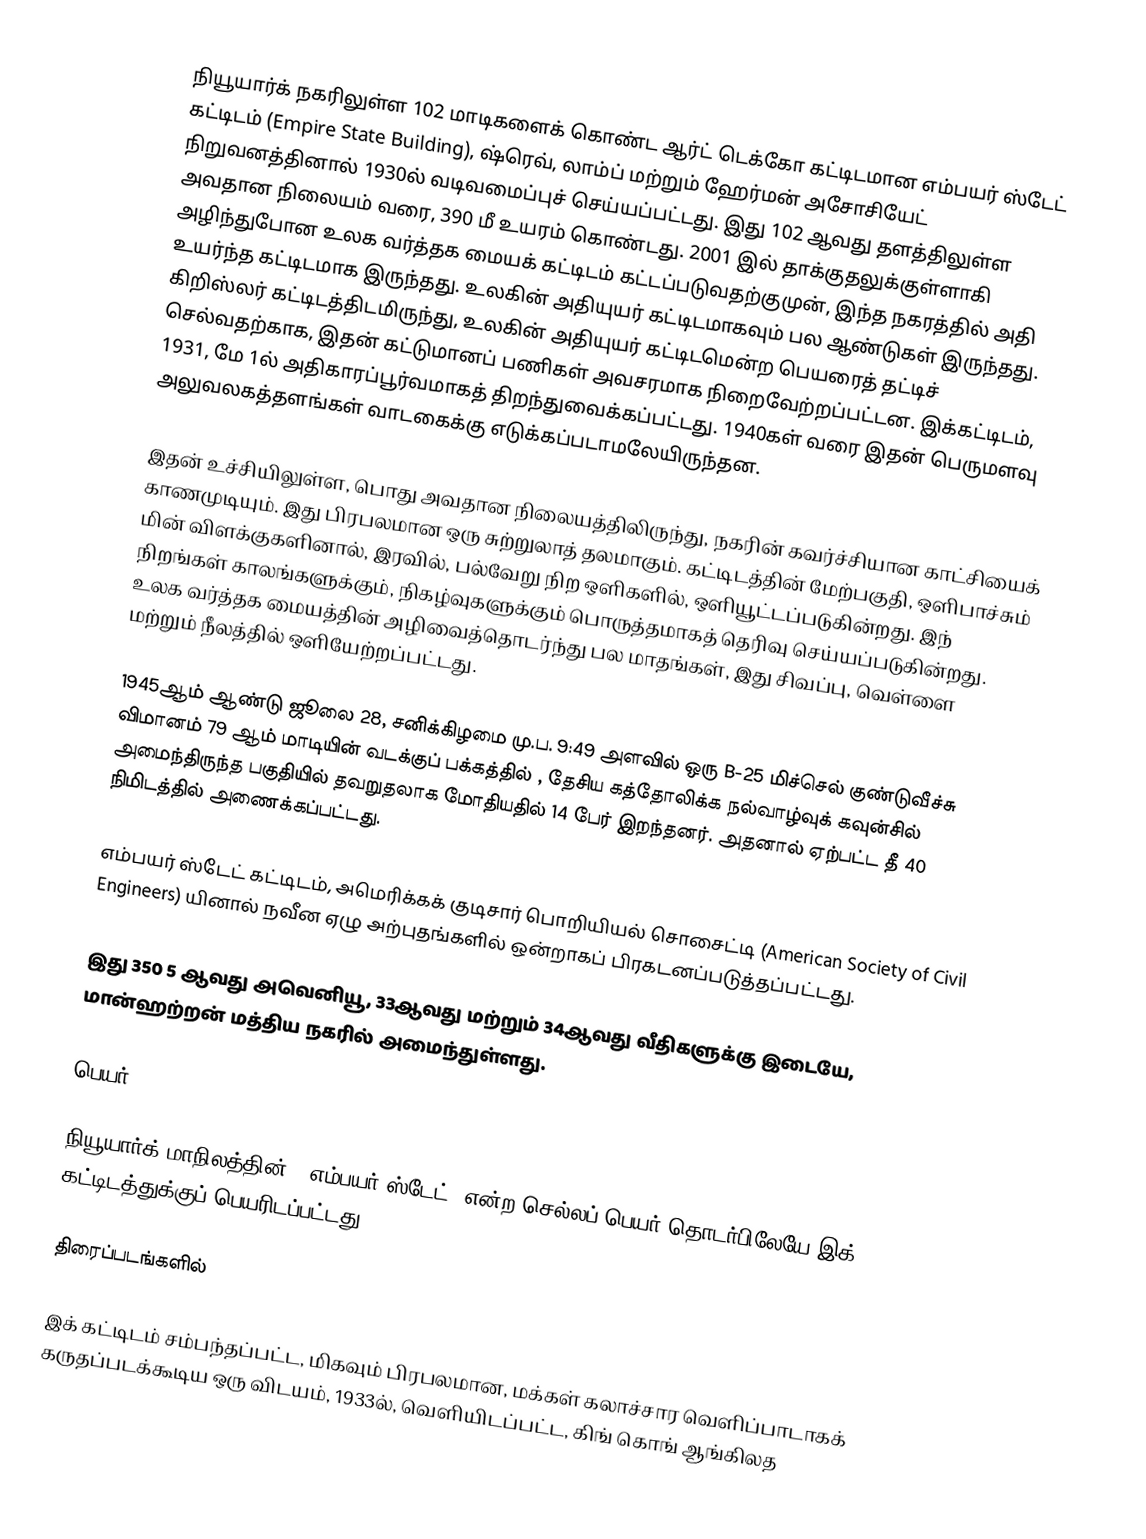
நியூயார்க் நகரிலுள்ள 102 மாடிகளைக் கொண்ட ஆர்ட் டெக்கோ கட்டிடமான எம்பயர் ஸ்டேட் கட்டிடம் (Empire State Building), ஷ்ரெவ், லாம்ப் மற்றும் ஹேர்மன் அசோசியேட் நிறுவனத்தினால் 1930ல் வடிவமைப்புச் செய்யப்பட்டது. இது 102 ஆவது தளத்திலுள்ள அவதான நிலையம் வரை, 390 மீ உயரம் கொண்டது. 2001 இல் தாக்குதலுக்குள்ளாகி அழிந்துபோன உலக வர்த்தக மையக் கட்டிடம் கட்டப்படுவதற்குமுன், இந்த நகரத்தில் அதி உயர்ந்த கட்டிடமாக இருந்தது. உலகின் அதியுயர் கட்டிடமாகவும் பல ஆண்டுகள் இருந்தது. கிறிஸ்லர் கட்டிடத்திடமிருந்து, உலகின் அதியுயர் கட்டிடமென்ற பெயரைத் தட்டிச் செல்வதற்காக, இதன் கட்டுமானப் பணிகள் அவசரமாக நிறைவேற்றப்பட்டன. இக்கட்டிடம், 1931, மே 1ல் அதிகாரப்பூர்வமாகத் திறந்துவைக்கப்பட்டது. 1940கள் வரை இதன் பெருமளவு அலுவலகத்தளங்கள் வாடகைக்கு எடுக்கப்படாமலேயிருந்தன.

இதன் உச்சியிலுள்ள, பொது அவதான நிலையத்திலிருந்து, நகரின் கவர்ச்சியான காட்சியைக் காணமுடியும். இது பிரபலமான ஒரு சுற்றுலாத் தலமாகும். கட்டிடத்தின் மேற்பகுதி, ஒளிபாச்சும் மின் விளக்குகளினால், இரவில், பல்வேறு நிற ஒளிகளில், ஒளியூட்டப்படுகின்றது. இந் நிறங்கள் காலங்களுக்கும், நிகழ்வுகளுக்கும் பொருத்தமாகத் தெரிவு செய்யப்படுகின்றது. உலக வர்த்தக மையத்தின் அழிவைத்தொடர்ந்து பல மாதங்கள், இது சிவப்பு, வெள்ளை மற்றும் நீலத்தில் ஒளியேற்றப்பட்டது.

1945ஆம் ஆண்டு ஜூலை 28, சனிக்கிழமை மு.ப. 9:49 அளவில் ஒரு B-25 மிச்செல் குண்டுவீச்சு விமானம் 79 ஆம் மாடியின் வடக்குப் பக்கத்தில் , தேசிய கத்தோலிக்க நல்வாழ்வுக் கவுன்சில் அமைந்திருந்த பகுதியில் தவறுதலாக மோதியதில் 14 பேர் இறந்தனர். அதனால் ஏற்பட்ட தீ 40 நிமிடத்தில் அணைக்கப்பட்டது.

எம்பயர் ஸ்டேட் கட்டிடம், அமெரிக்கக் குடிசார் பொறியியல் சொசைட்டி (American Society of Civil Engineers) யினால் நவீன ஏழு அற்புதங்களில் ஒன்றாகப் பிரகடனப்படுத்தப்பட்டது.

இது 350 5 ஆவது அவெனியூ, 33ஆவது மற்றும் 34ஆவது வீதிகளுக்கு இடையே, மான்ஹற்றன் மத்திய நகரில் அமைந்துள்ளது.

பெயர்

நியூயார்க் மாநிலத்தின், "எம்பயர் ஸ்டேட்" என்ற செல்லப் பெயர் தொடர்பிலேயே இக் கட்டிடத்துக்குப் பெயரிடப்பட்டது.

திரைப்படங்களில்

இக் கட்டிடம் சம்பந்தப்பட்ட, மிகவும் பிரபலமான, மக்கள் கலாச்சார வெளிப்பாடாகக் கருதப்படக்கூடிய ஒரு விடயம், 1933ல், வெளியிடப்பட்ட, கிங் கொங் ஆங்கிலத